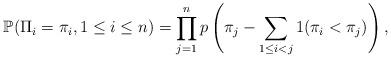
LaTeX: \begin{align*}\mathbb{P}( \Pi_i = \pi_i, 1 \le i \le n) = \prod_{j=1}^n p \left( \pi_j - \sum_{1 \le i < j} 1 (\pi_i < \pi_j) \right),\end{align*}